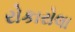
રોકારોલા